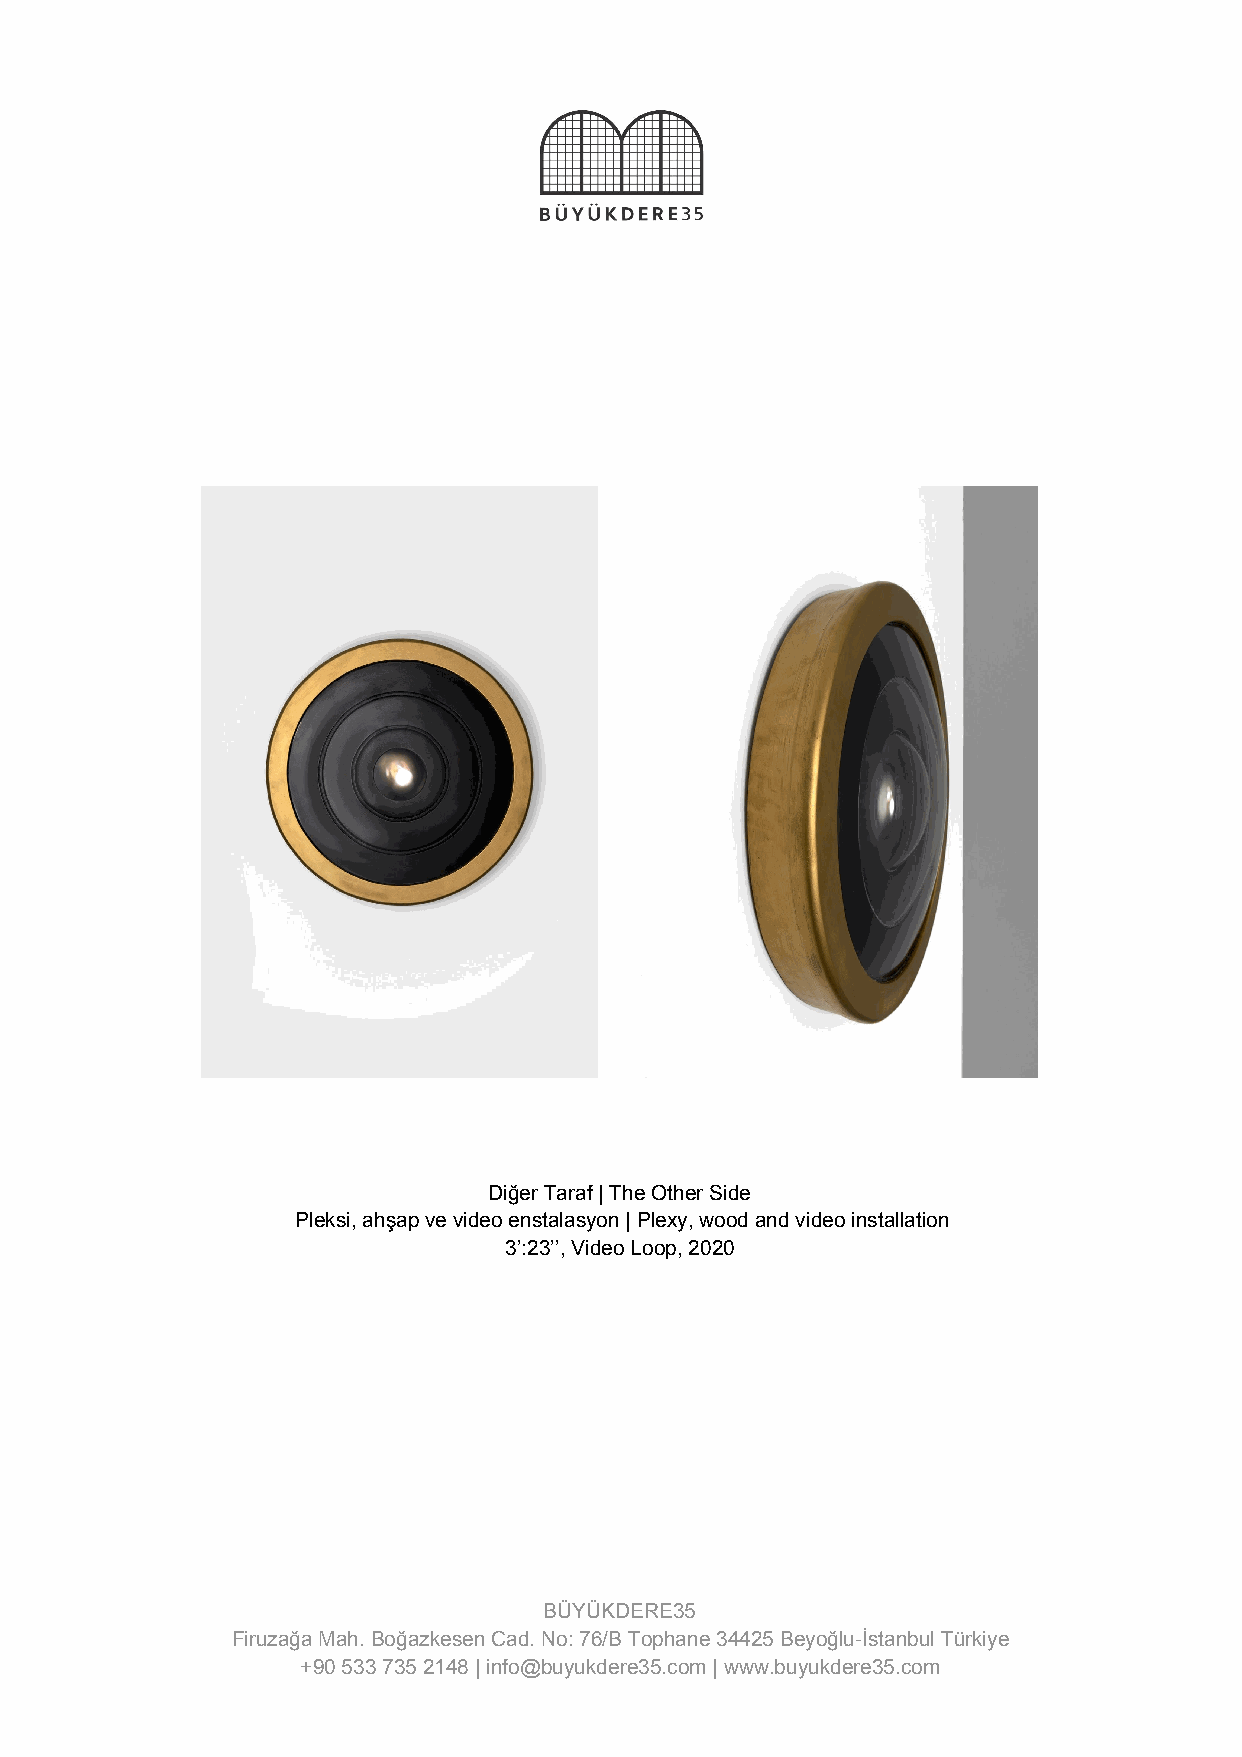
Diğer Taraf | The Other Side
 Pleksi, ahşap ve video enstalasyon | Plexy, wood and video installation
 3’:23’’, Video Loop, 2020
 BÜYÜKDERE35
 Firuzağa Mah. Boğazkesen Cad. No: 76/B Tophane 34425 Beyoğlu-İstanbul Türkiye
 +90 533 735 2148 | info@buyukdere35.com | www.buyukdere35.com